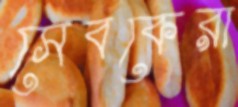
সেবকেরা